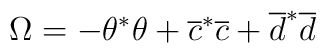
\Omega = - \theta^* \theta + \overline c^* \overline c + \overline d^* \overline d